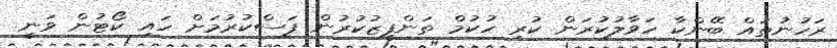
ރަހުނުތައް ބޭންކާ ހަވާލުކުރަން ކުރި ހުކުމް ތަންފީޒުކުރުން ފަސްކުރުމަށް ހައި ކޯޓުން ވަނީ